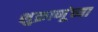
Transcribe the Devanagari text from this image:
शुक्राणूंच्या